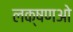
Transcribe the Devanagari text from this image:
लक्षणओ